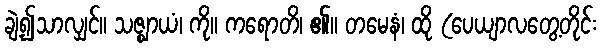
ချဲ့၍သာလျှင်။ သဇ္ဈာယံ၊ ကို။ ကရောတိ၊ ၏။ တမေနံ၊ ထို (ပေယျာလတွေ့တိုင်း